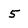
Character: 5